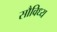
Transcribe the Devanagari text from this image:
सौविध्य